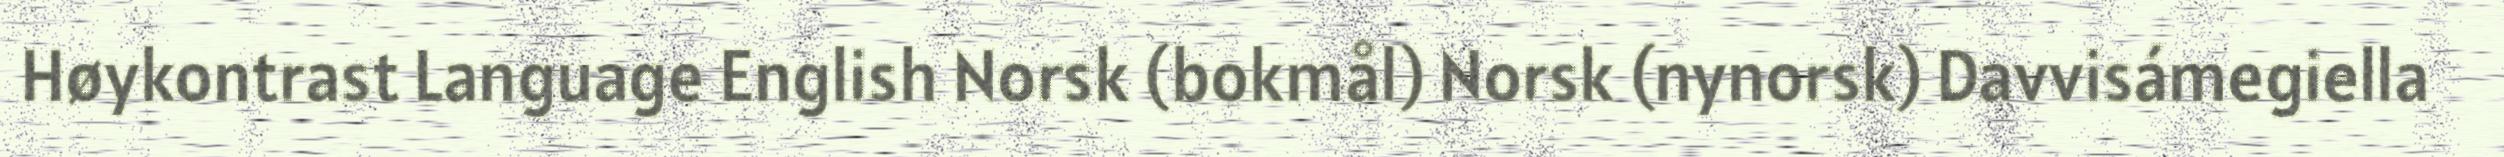
Høykontrast Language English Norsk (bokmål) Norsk (nynorsk) Davvisámegiella